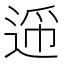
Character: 𬨪